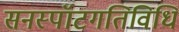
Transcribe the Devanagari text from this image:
सनस्पॉटगतिविधि